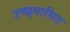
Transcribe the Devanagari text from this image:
उच्छ्वासित